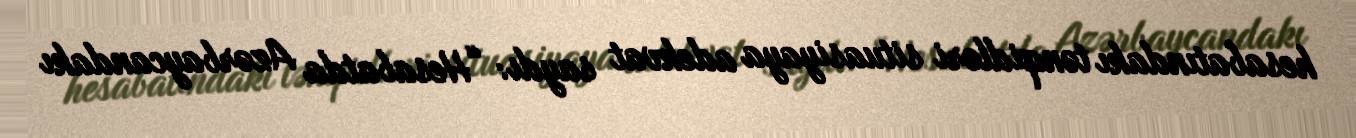
hesabatındakı tənqidləri situasiyaya adekvat saydı: “Hesabatda Azərbaycandakı